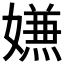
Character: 𭒡